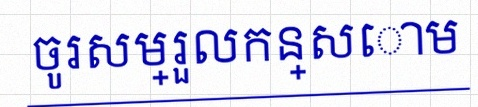
ចូរសម្រួលកន្សោម